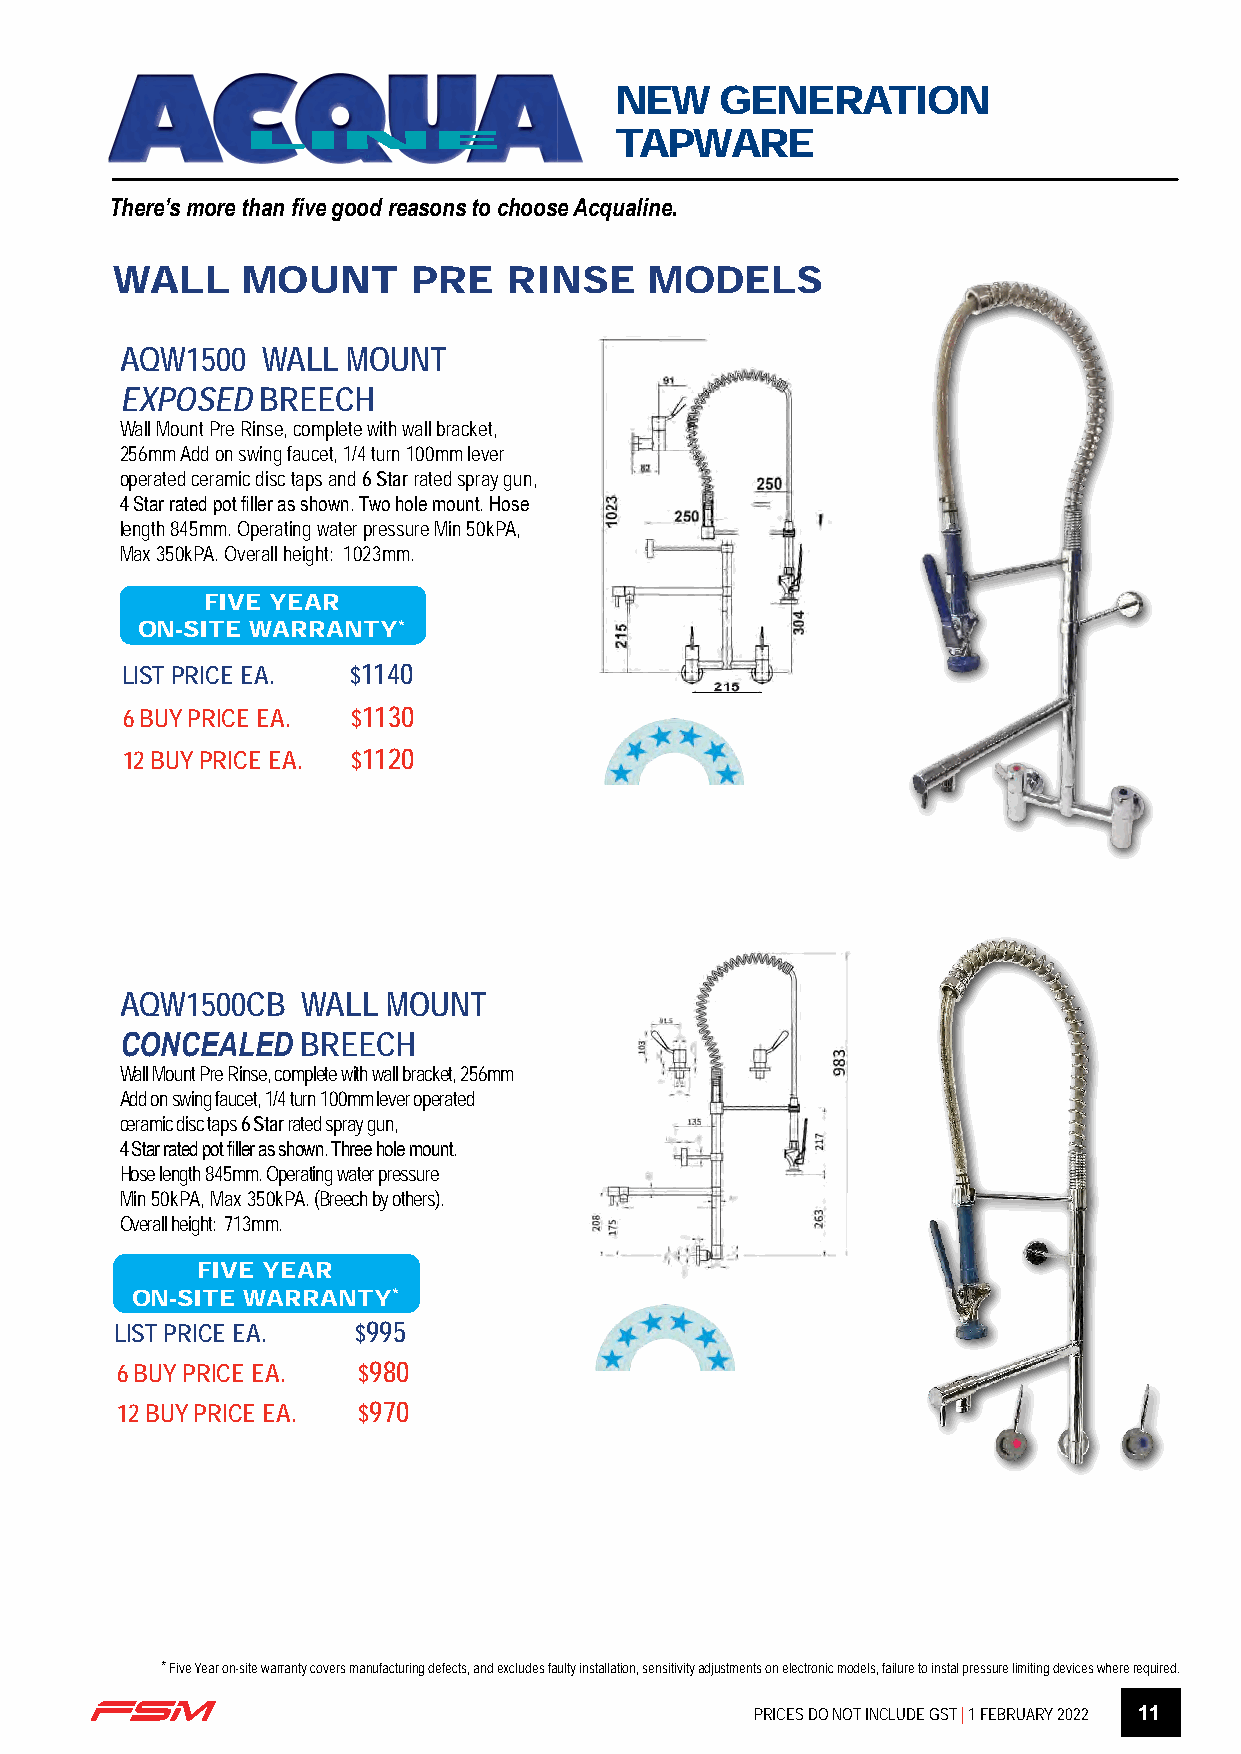
NEW    GENERATION
 LINE                     TAPWARE
 There’s more than five good reasons to choose Acqualine.
 WALL     MOUNT      PRE    RINSE    MODELS
 AQW1500  WALL  MOUNT
 EXPOSED  BREECH
 Wall Mount Pre Rinse, complete with wall bracket,
 256mm Add on swing faucet, 1/4 turn 100mm lever
 operated ceramic disc taps and 6 Star rated spray gun,
 4 Star rated pot filler as shown. Two hole mount. Hose
 length 845mm. Operating water pressure Min 50kPA,
 Max 350kPA. Overall height: 1023mm.
 FIVE YEAR
 ON-SITE WARRANTY*
 LIST PRICE EA. $1140
 6 BUY PRICE EA. $1130
 12 BUY PRICE EA. $1120
 AQW1500CB   WALL  MOUNT
 CONCEALED   BREECH
 Wall Mount Pre Rinse, complete with wall bracket, 256mm
 Add on swing faucet, 1/4 turn 100mm lever operated
 ceramic disc taps 6 Star rated spray gun,
 4 Star rated pot filler as shown. Three hole mount.
 Hose length 845mm. Operating water pressure
 Min 50kPA, Max 350kPA. (Breech by others).
 Overall height: 713mm.
 FIVE YEAR
 ON-SITE WARRANTY*
 LIST PRICE EA. $995
 6 BUY PRICE EA. $980
 12 BUY PRICE EA. $970
 * Five Year on-site warranty covers manufacturing defects, and excludes faulty installation, sensitivity adjustments on electronic models, failure to instal pressure limiting devices where required.
 PRICES DO NOT INCLUDE GST | 1 FEBRUARY 2022 11